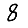
Digit: 8